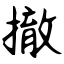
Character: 撤